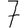
Digit: 7